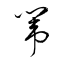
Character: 闈